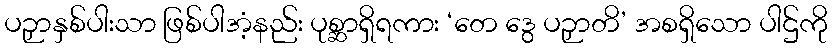
ပဉှာနှစ်ပါးသာ ဖြစ်ပါအံ့နည်း ပုစ္ဆာရှိရကား ‘တေ ဒွေ ပဉှာတိ’ အစရှိသော ပါဌ်ကို